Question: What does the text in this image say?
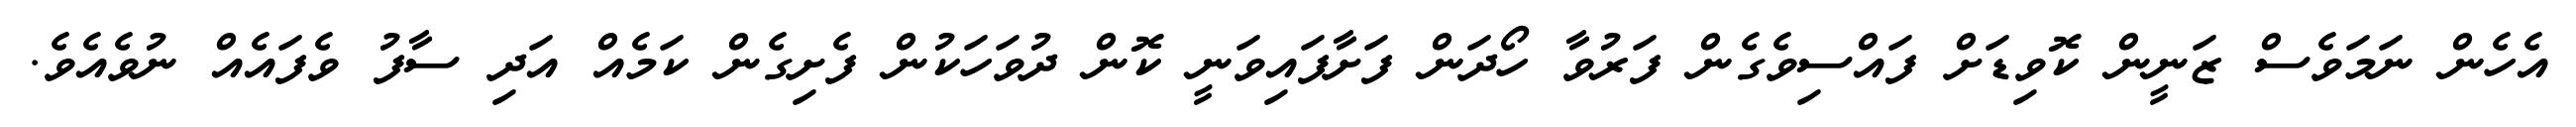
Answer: އެހެން ނަމަވެސް ޒަނީން ކޮވިޑަށް ފައްސިވެގެން ފަރުވާ ހޯދަން ފަށާފައިވަނީ ކޮން ދުވަހަކުން ފެށިގެން ކަމެއް އަދި ސާފު ވެފައެއް ނުވެއެވެ.